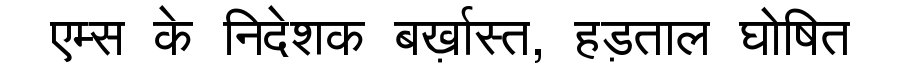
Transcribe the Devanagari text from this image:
एम्स के निदेशक बर्ख़ास्त, हड़ताल घोषित